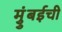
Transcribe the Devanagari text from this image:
मुुंबईची